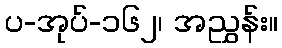
ပ-အုပ်-၁၆၂၊ အညွှန်း။